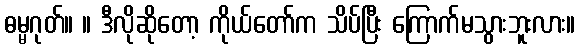
ဓမ္မဂုတ်။ ။ ဒီလိုဆိုတော့ ကိုယ်တော်က သိပ်ပြီး ကြောက်မသွားဘူးလား။